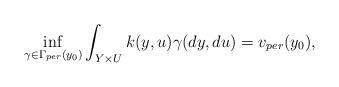
LaTeX: \begin{align*}\inf_{\gamma\in \Gamma_{per}(y_0) }\int_{Y\times U}k(y,u)\gamma(dy,du)=v_{per}(y_0),\end{align*}